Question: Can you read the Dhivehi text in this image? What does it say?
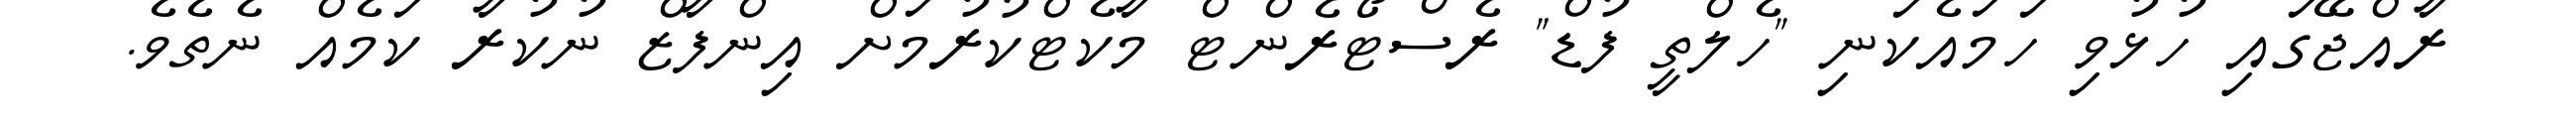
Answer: ރާއްޖޭގައި ހުޅުވި ހަމައެކަނި "ހެލްތީ ފުޑް" ރެސްޓޯރެންޓް މާކެޓްކުރުމަށް އިންފާޒް ނުކުރާ ކަމެއް ނެތެވެ.